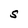
Character: S